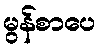
မွန်စာပေ